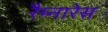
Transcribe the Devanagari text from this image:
रैम्नारेस